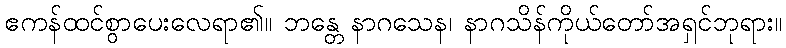
ဧကန်ထင်စွာပေးလေရာ၏။ ဘန္တေ နာဂသေန၊ နာဂသိန်ကိုယ်တော်အရှင်ဘုရား။